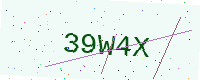
Text: 39W4X